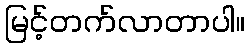
မြင့်တက်လာတာပါ။